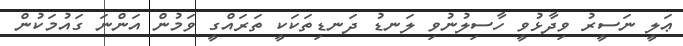
ޢަލީ ނަސީރު ވިދާޅުވީ ހާސިލުނުވި ލަނޑު ދަނޑިތަކަކީ ތަރައްގީ ވަމުން އަންނަ ގައުމަކުން